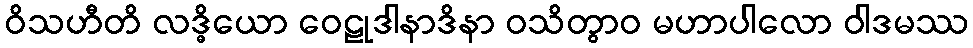
ဝိသဟီတိ လဒ္ဓိယော ဝေဠုဒါနာဒိနာ ဝသိတွာဝ မဟာပါလော ဝါဒမဿ